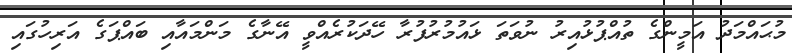
މުޙައްމަދު އަމީންގެ ތުއްޕުޅުއިރު ނުވަތަ ޅައުމުރުފުރާ ހޭދަކުރެއްވީ އޭނާގެ މަންމައާއި ބައްޕަގެ އަރިހުގައި